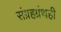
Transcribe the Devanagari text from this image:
संग्रहग्रंथही